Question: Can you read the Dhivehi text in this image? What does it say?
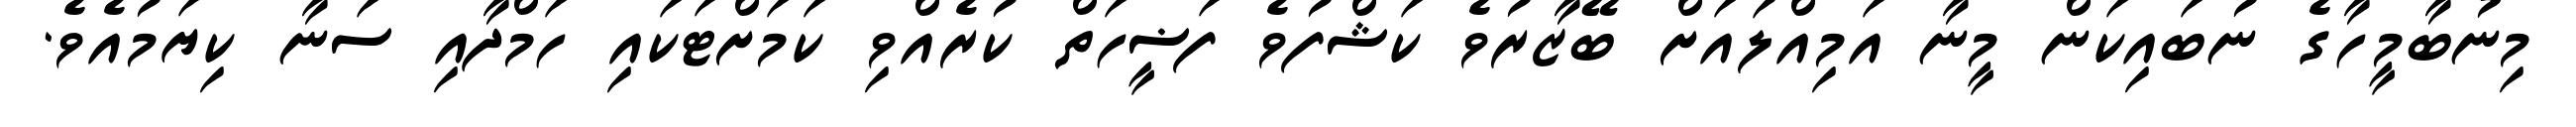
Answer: މިނުބާމީހާގެ ނުބައިކަން މީނާ އަމިއްލައަށް ބޭޒާރުވެ ކަޝްފުވެ ފަޟީހަތް ކުރެއްވި ކަމަށްޓަކައި ހަމްދާއި ސަނާ ކިޔަމުއެވެ.